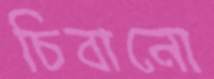
চিবানো